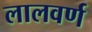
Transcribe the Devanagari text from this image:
लालवर्ण